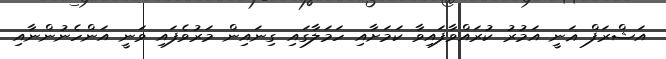
އަޝްރަފް ޣަނީ އަމުރު ކުރައްވާފައިވާ ކަމަށާއި ހަމަލާގައި ގިނައިން މަރުވެފައި ވަނީ އަންހެނުންނާއި